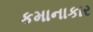
કમાનાકાર